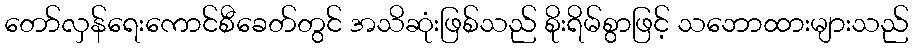
တော်လှန်ရေးကောင်စီခေတ်တွင် အသိဆုံးဖြစ်သည် စိုးရိမ်စွာဖြင့် သဘောထားများသည်